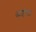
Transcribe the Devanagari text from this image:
अहंचा